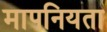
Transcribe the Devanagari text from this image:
मापनियता